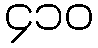
၄၁၀